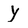
Character: y